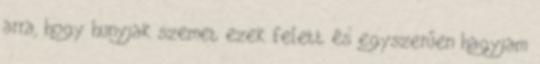
arra, hogy hunyjak szemet ezek felett és egyszerűen hagyjam